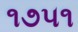
૧૭૫૧